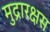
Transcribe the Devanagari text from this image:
मुद्रारक्षस